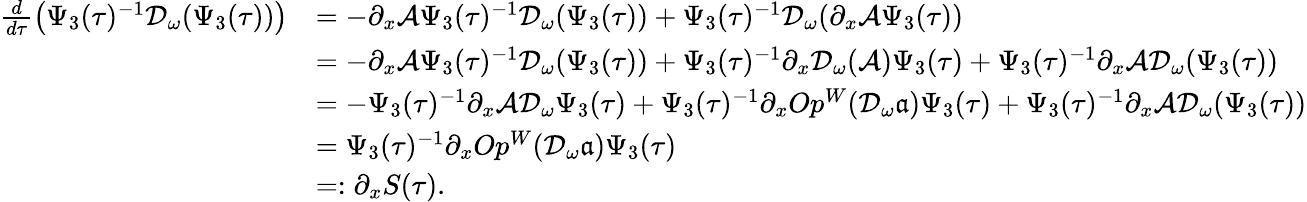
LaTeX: \begin{array}{rl}{\frac{d}{d\tau}\left(\Psi_{3}(\tau)^{-1}\mathcal{D}_{\omega}(\Psi_{3}(\tau))\right)}&{=-\partial_{x}\mathcal{A}\Psi_{3}(\tau)^{-1}\mathcal{D}_{\omega}(\Psi_{3}(\tau))+\Psi_{3}(\tau)^{-1}\mathcal{D}_{\omega}(\partial_{x}\mathcal{A}\Psi_{3}(\tau))}\\ &{=-\partial_{x}\mathcal{A}\Psi_{3}(\tau)^{-1}\mathcal{D}_{\omega}(\Psi_{3}(\tau))+\Psi_{3}(\tau)^{-1}\partial_{x}\mathcal{D}_{\omega}(\mathcal{A})\Psi_{3}(\tau)+\Psi_{3}(\tau)^{-1}\partial_{x}\mathcal{A}\mathcal{D}_{\omega}(\Psi_{3}(\tau))}\\ &{=-\Psi_{3}(\tau)^{-1}\partial_{x}\mathcal{A}\mathcal{D}_{\omega}\Psi_{3}(\tau)+\Psi_{3}(\tau)^{-1}\partial_{x}Op^{W}(\mathcal{D}_{\omega}\mathfrak{a})\Psi_{3}(\tau)+\Psi_{3}(\tau)^{-1}\partial_{x}\mathcal{A}\mathcal{D}_{\omega}(\Psi_{3}(\tau))}\\ &{=\Psi_{3}(\tau)^{-1}\partial_{x}Op^{W}(\mathcal{D}_{\omega}\mathfrak{a})\Psi_{3}(\tau)}\\ &{=:\partial_{x}S(\tau).}\end{array}